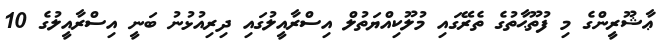
ޢާޝޫރީންގެ މި ފުތޫޙާތުގެ ތެރޭގައި މުލޫކިއްޔަތުލް އިސްރާއީލުގައި ދިރިއުޅުނު ބަނީ އިސްރާއީލުގެ 10